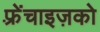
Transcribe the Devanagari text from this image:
फ़्रेंचाइज़को